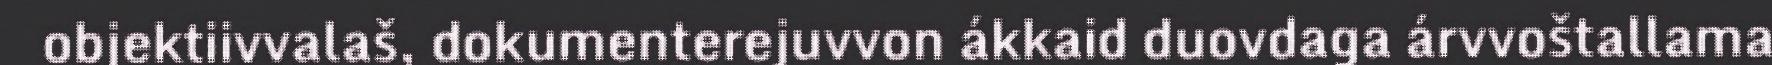
objektiivvalaš, dokumenterejuvvon ákkaid duovdaga árvvoštallama